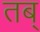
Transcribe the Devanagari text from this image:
तब्